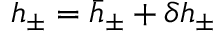
h _ { \pm } = \bar { h } _ { \pm } + \delta h _ { \pm }